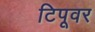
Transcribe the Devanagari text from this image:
टिपूवर